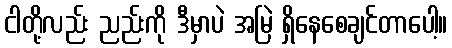
ငါတို့လည်း ညည်းကို ဒီမှာပဲ အမြဲ ရှိနေစေချင်တာပေါ့။